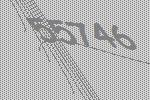
55746